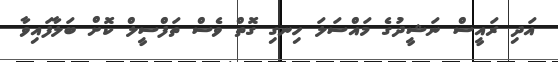
އަދި ރައީސް ނަޝީދުގެ މައްސަލަ ހިނގި ގޮތް ވެސް ތަފްސީލް ކޮށް ބަލާފައިވާ